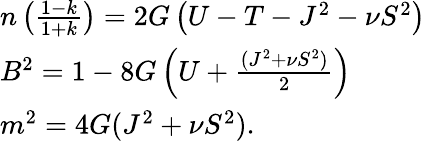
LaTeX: \begin{array}{ll}{{n\left(\frac{1-k}{1+k}\right)=2G\left(U-T-J^{2}-\nu S^{2}\right)}}\\ {{B^{2}=1-8G\left(U+\frac{(J^{2}+\nu S^{2})}{2}\right)}}\\ {{m^{2}=4G(J^{2}+\nu S^{2}).}}\end{array}